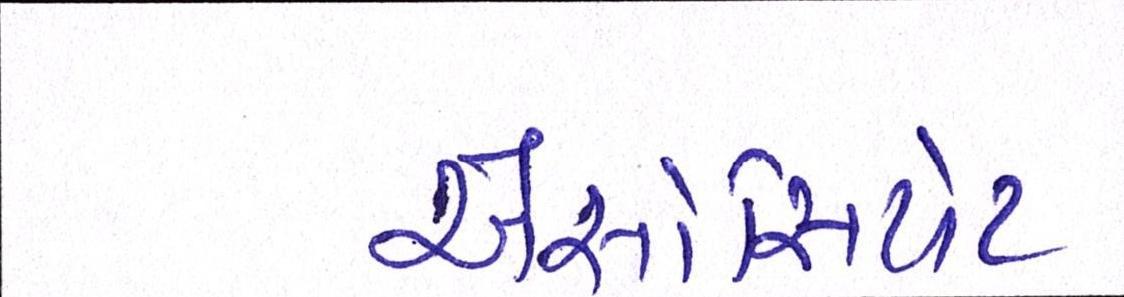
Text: એસોસિયેટ